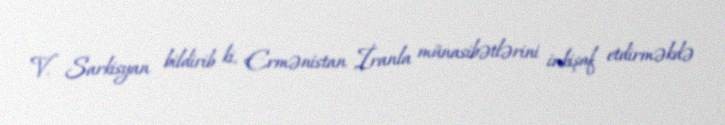
V. Sarkisyan bildirib ki, Ermənistan İranla münasibətlərini inkişaf etdirməkdə